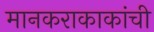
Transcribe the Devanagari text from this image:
मानकराकाकांची